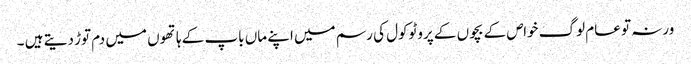
ورنہ تو عام لوگ خواص کے بچوں کے پروٹوکول کی رسم میں اپنے ماں باپ کے ہاتھوں میں دم توڑ دیتے ہیں ۔